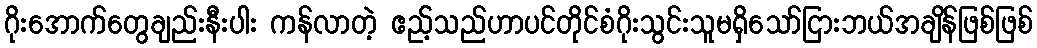
ဂိုးအောက်တွေချည်းနီးပါး ကန်လာတဲ့ ဧည့်သည်ဟာပင်တိုင်စံဂိုးသွင်းသူမရှိသော်ငြားဘယ်အချိန်ဖြစ်ဖြစ်